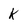
Character: k